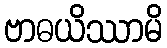
ဗာဓယိဿာမိ